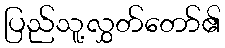
ပြည်သူ့လွှတ်တော်၏